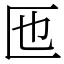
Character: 匜